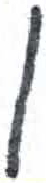
אות: ן